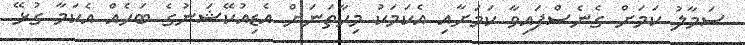
ސަމާލު ކަމަށް ގެނެސްފައިވާ ކަމަށާއި އެކަމަކު މިހާތަނަށް އެޑިއުކޭޝަނުގެ ބަހެއް އެކަމާ ގުޅޭ